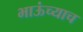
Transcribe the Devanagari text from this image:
भाऊंच्याच